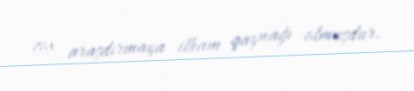
çox araşdırmaya ilham qaynağı olmuşdur.